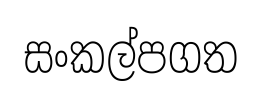
සංකල්පගත